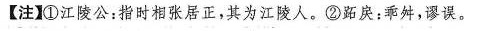
【注】①江陵公：指时相张居正，其为江陵人。②跖戾：乖舛，谬误。